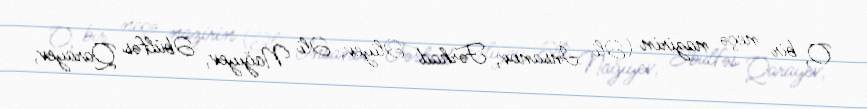
O, bir neçə nazirin (Əli İnsanov, Fərhad Əliyev, Əli Nağıyev, Əbülfəs Qarayev,